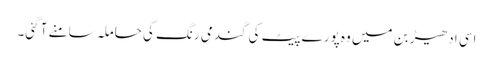
اسی ادھیڑ بن میں وہ پورے پیٹ کی گندمی رنگ کی حاملہ سامنے آ گئی۔